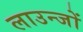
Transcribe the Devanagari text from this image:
लाउन्जों